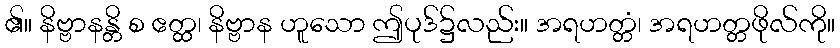
၏။ နိဗ္ဗာနန္တိ စ ဧတ္ထ၊ နိဗ္ဗာန ဟူသော ဤပုဒ်၌လည်း။ အရဟတ္တံ၊ အရဟတ္တဖိုလ်ကို။